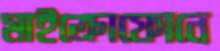
মাইক্রোফোনে